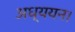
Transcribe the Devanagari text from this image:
अध्‍ययन।